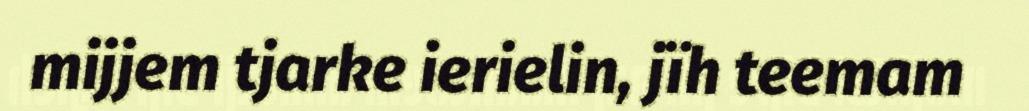
mijjem tjarke ierielin, jïh teemam